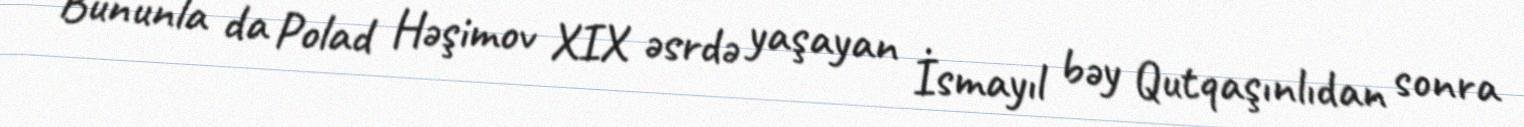
Bununla da Polad Həşimov XIX əsrdə yaşayan İsmayıl bəy Qutqaşınlıdan sonra